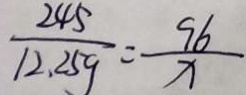
\frac { 2 4 5 } { 1 2 . 2 5 9 } = \frac { 9 6 } { x }